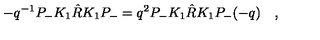
- q ^ { - 1 } P _ { - } K _ { 1 } \hat { R } K _ { 1 } P _ { - } = q ^ { 2 } P _ { - } K _ { 1 } \hat { R } K _ { 1 } P _ { - } ( - q ) \quad ,